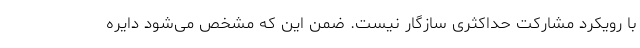
با رویکرد مشارکت حداکثری سازگار نیست. ضمن این که مشخص می‌شود دایره